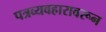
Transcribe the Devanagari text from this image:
पत्रव्यवहारावरून